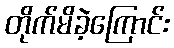
တိုက်မိခဲ့ကြောင်း